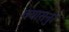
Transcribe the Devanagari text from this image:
क्यासनुर